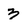
Character: 3